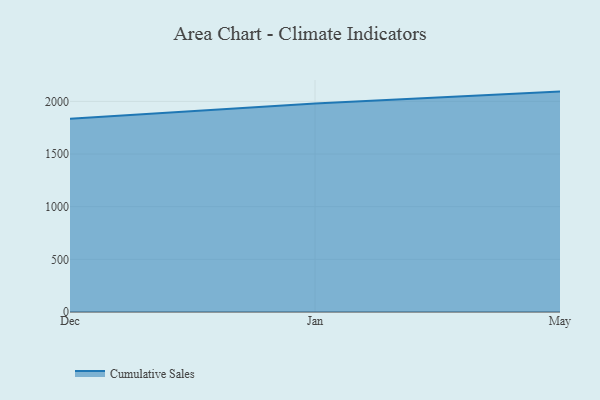
{"axis": {"x": "Month", "y": "Headcount"}, "legend": ["Cumulative Sales"], "data": [{"x": "Dec", "y": 1835.5, "type": "Cumulative Sales"}, {"x": "Jan", "y": 1980.6, "type": "Cumulative Sales"}, {"x": "May", "y": 2092.8, "type": "Cumulative Sales"}]}